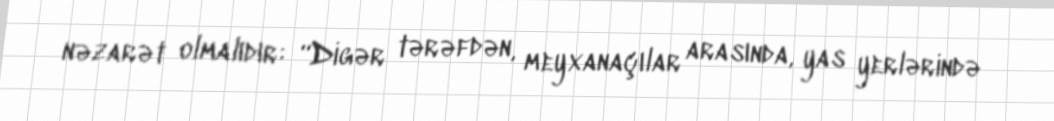
nəzarət olmalıdır: “Digər tərəfdən, meyxanaçılar arasında, yas yerlərində